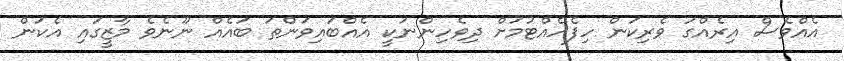
އެއްވެސް އިރެއްގަ ވެރިކަން ހިފެހެއްޓުމަށް ދިވެހިންނަކީ އެއްބައިވަންތަ ބައެއް ނޫނެވެ މާޒީގައި އެކަން